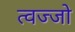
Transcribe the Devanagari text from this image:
त्वज्जो